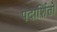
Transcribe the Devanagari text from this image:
पदार्शितो